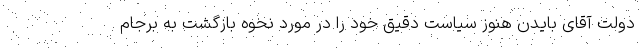
دولت آقای بایدن هنوز سیاست دقیق خود را در مورد نحوه بازگشت به برجام